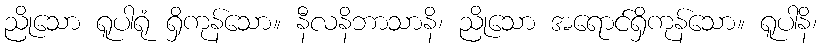
ညိုသော ရူပါရုံ ရှိကုန်သော။ နီလနိဘာသာနိ၊ ညိုသော အရောင်ရှိကုန်သော။ ရူပါနိ၊